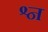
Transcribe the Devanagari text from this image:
श्न